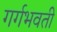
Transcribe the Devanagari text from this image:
गर्गभवती